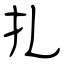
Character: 扎